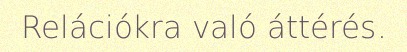
Relációkra való áttérés.